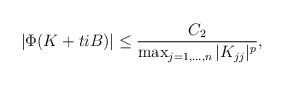
\begin{align*} \left| \Phi(K+tiB) \right| \leq \frac{C_2}{\max_{j=1, \ldots, n} |K_{jj}|^p},\end{align*}